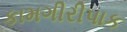
કામગીરીપાક